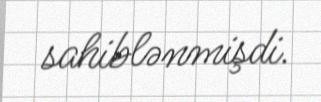
sahiblənmişdi.